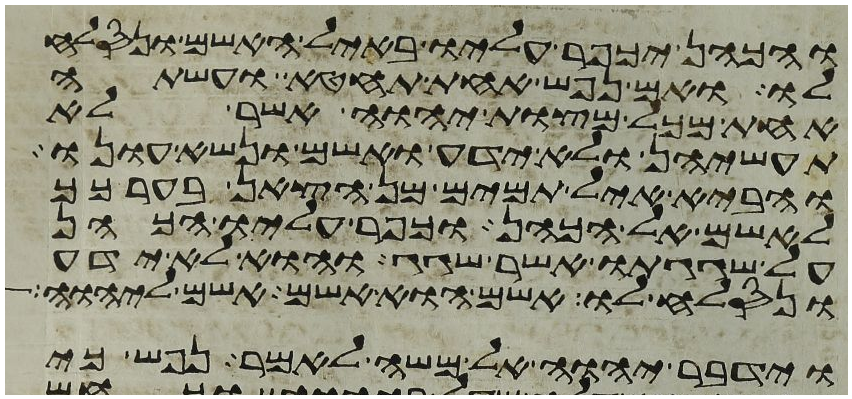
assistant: והכהן יכפר עליו באיל האשם ונסלח
לו ואם נפש אחת תחטא ועשתה
אחת מכל מצות יהוה אשר לא
תעשיהן ולא ידע ואשם ונשא עונו
והביא איל תמים מן הצאן בערכך
לאשם אל הכהן וכפר עליו הכהן
על שגגתו אשר שגג והוא לא ידע
ונסלח לו אשם הוא אשם אשם ליהוה
וידבר יהוה אל משה לאמר נפש כי